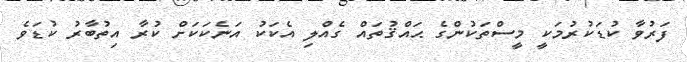
ފަރުވާ ކުޑަކުރުމަކީ މީސްތަކުންގެ ޙައްޤުތައް ގެއްލި އެކަކު އަނެކަކަށް ކުރާ އިތުބާރު ކުޑަވެ